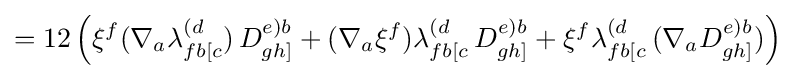
=12\left(\xi ^{f}(\nabla _{a}\lambda _{fb[c}^{(d})\,D_{gh]}^{e)b}+(\nabla _{a}\xi ^{f})\lambda _{fb[c}^{(d}\,D_{gh]}^{e)b}+\xi ^{f}\lambda _{fb[c}^{(d}\,(\nabla _{a}D_{gh]}^{e)b})\right)